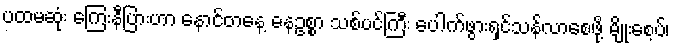
ပထမဆုံး ကြေးနီပြားဟာ နောင်တနေ့ ဓနဥစ္စာ သစ်ပင်ကြီး ပေါက်ဖွားရှင်သန်လာစေဖို့ မျိုးစေ့ပ်၊